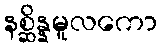
နစ္ဆိန္နမူလကော